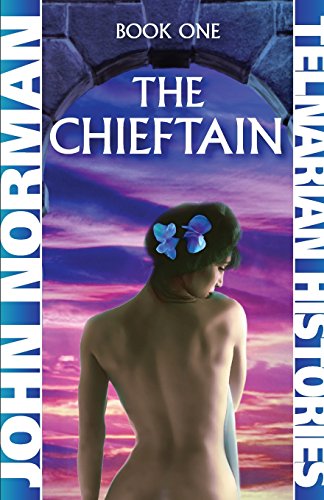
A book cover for The Chieftain (Telnarian Histories); John Norman; Literature & Fiction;